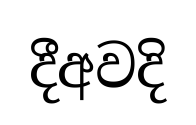
දීඅවදි